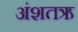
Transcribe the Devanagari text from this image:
अंशतऋ